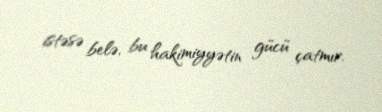
istəsə belə, bu hakimiyyətin gücü çatmır.